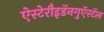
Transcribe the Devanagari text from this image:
ऐस्टेरौइडॅनगुऍरटॅल